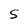
Character: S